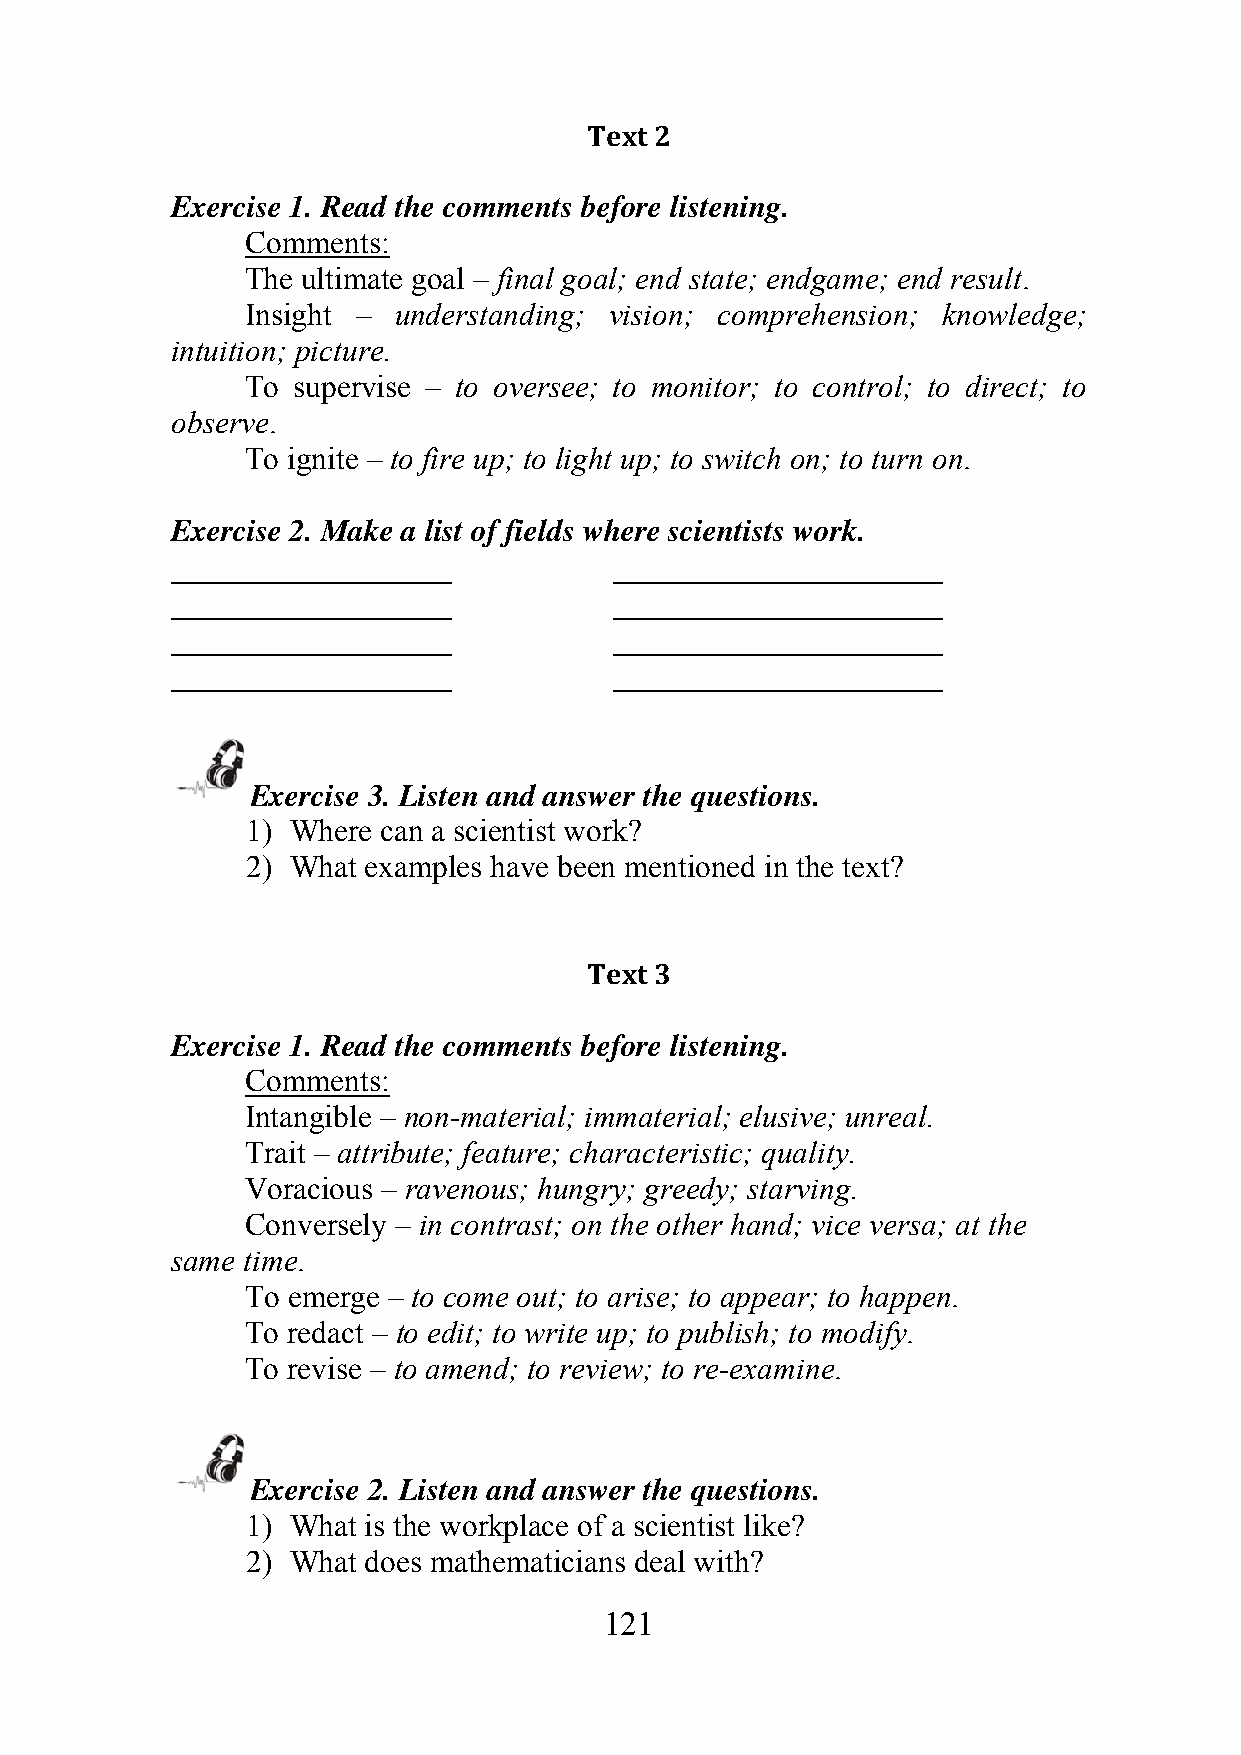
Text 2
 Exercise 1. Read the comments before listening.
 Comments:
 The ultimate goal – final goal; end state; endgame; end result.
 Insight – understanding; vision; comprehension; knowledge;
 intuition; picture.
 To supervise – to oversee; to monitor; to control; to direct; to
 observe.
 To ignite – to fire up; to light up; to switch on; to turn on.
 Exercise 2. Make a list of fields where scientists work.
 __________________            _____________________
 __________________            _____________________
 __________________            _____________________
 __________________            _____________________
 Exercise 3. Listen and answer the questions.
 1) Where can a scientist work?
 2) What examples have been mentioned in the text?
 Text 3
 Exercise 1. Read the comments before listening.
 Comments:
 Intangible – non-material; immaterial; elusive; unreal.
 Trait – attribute; feature; characteristic; quality.
 Voracious – ravenous; hungry; greedy; starving.
 Conversely – in contrast; on the other hand; vice versa; at the
 same time.
 To emerge – to come out; to arise; to appear; to happen.
 To redact – to edit; to write up; to publish; to modify.
 To revise – to amend; to review; to re-examine.
 Exercise 2. Listen and answer the questions.
 1) What is the workplace of a scientist like?
 2) What does mathematicians deal with?
 121